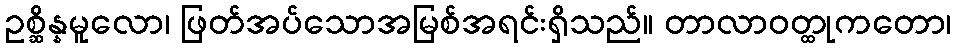
ဥစ္ဆိန္နမူလော၊ ဖြတ်အပ်သောအမြစ်အရင်းရှိသည်။ တာလာဝတ္ထုကတော၊